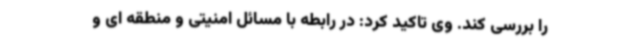
را بررسی کند. وی تاکید کرد: در رابطه با مسائل امنیتی و منطقه ای و